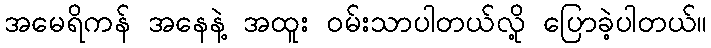
အမေရိကန် အနေနဲ့ အထူး ဝမ်းသာပါတယ်လို့ ပြောခဲ့ပါတယ်။